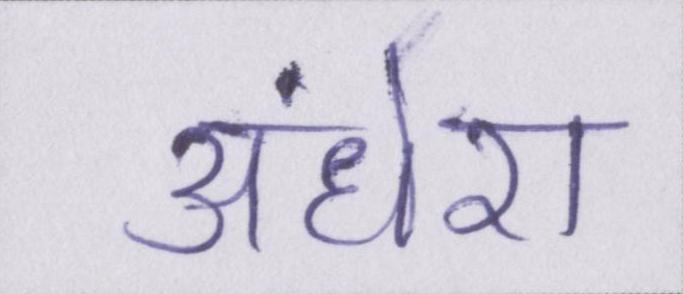
अंधेरा